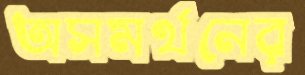
অসমর্থনের